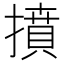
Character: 𢴢